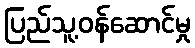
ပြည်သူ့ဝန်ဆောင်မှု